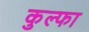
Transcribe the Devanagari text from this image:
कुल्‍फा